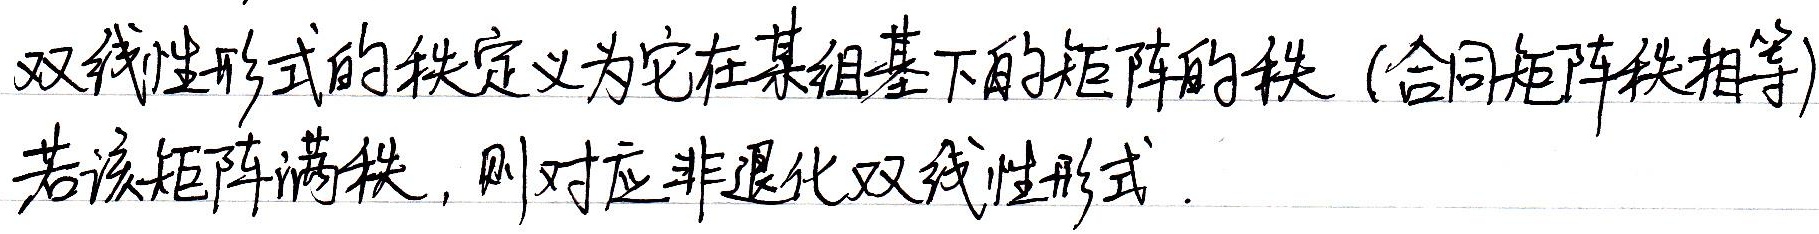
双线性形式的秩定义为它在某组基下的矩阵的秩（合同矩阵秩相等）。若该矩阵满秩，则对应非退化双线性形式。